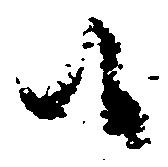
候